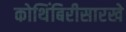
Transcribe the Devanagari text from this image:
कोथिंबिरीसारखे